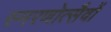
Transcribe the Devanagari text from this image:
स्मरणोत्सैवों